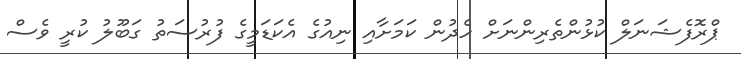
ޕްރޮފެޝަނަލް ކުޅުންތެރިންނަށް ހެދުން ކަމަށާއި ނިއުގެ އެކަޑަމީގެ ފުރުސަތު ގަބޫލު ކުރީ ވެސް